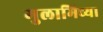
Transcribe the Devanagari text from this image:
गुलामिच्या